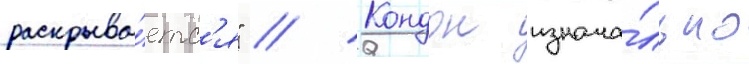
раскрыва́етс'я" // Кондон изнача́льно